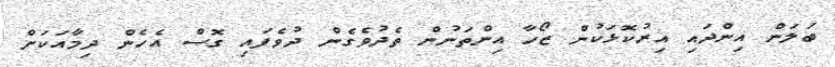
ބަލަން އިންދައި އިރުކޮޅަކުން ޒޯހާ އިންތަނުން ތެދުވެގެން ދުވެފައި ގޮސް އެހެން ދިމާއަކަށް